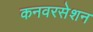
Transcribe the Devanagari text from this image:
कनवरसेशन